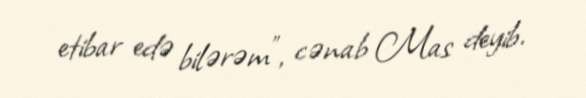
etibar edə bilərəm", cənab Mas deyib.